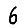
Digit: 6